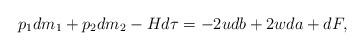
LaTeX: \begin{align*}p_{1}dm_{1}+p_{2}dm_{2}-Hd\tau=-2udb+2wda+dF,\end{align*}